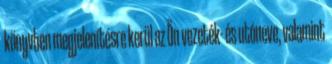
könyvben megjelenítésre kerül az Ön vezeték- és utóneve, valamint